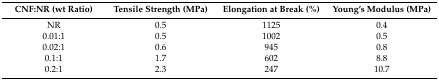
<table><thead><tr><td><b>CNF:NR (wt Ratio)</b></td><td><b>Tensile Strength (MPa)</b></td><td><b>Elongation at Break (%)</b></td><td><b>Young’s Modulus (MPa)</b></td></tr></thead><tbody><tr><td>NR</td><td>0.5</td><td>1125</td><td>0.4</td></tr><tr><td>0.01:1</td><td>0.5</td><td>1002</td><td>0.5</td></tr><tr><td>0.02:1</td><td>0.6</td><td>945</td><td>0.8</td></tr><tr><td>0.1:1</td><td>1.7</td><td>602</td><td>8.8</td></tr><tr><td>0.2:1</td><td>2.3</td><td>247</td><td>10.7</td></tr></tbody></table>